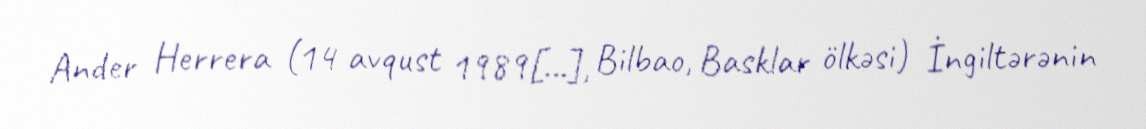
Ander Herrera (14 avqust 1989[…], Bilbao, Basklar ölkəsi) İngiltərənin